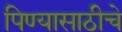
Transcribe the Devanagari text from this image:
पिण्यासाठीचे